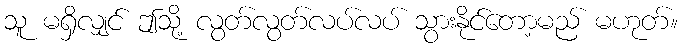
သူ မရှိလျှင် ဤသို့ လွတ်လွတ်လပ်လပ် သွားနိုင်တော့မည် မဟုတ်။